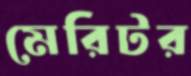
মেরিটর